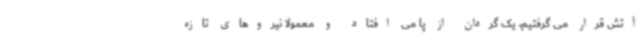
آتش قرار می گرفتیم، یک گردان از پا می افتاد و معمولا نیروهای تازه